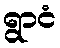
ရွာငံ